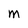
Character: M